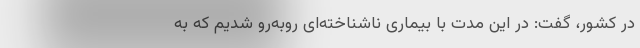
در کشور، گفت: در این مدت با بیماری ناشناخته‌ای روبه‌رو شدیم که به